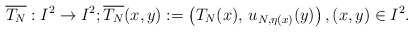
\begin{align*} \overline{T_N}: I^2 \rightarrow I^2; \overline{T_N}(x,y) := \left( T_N(x), \,u_{N,\eta(x)}(y) \right), (x, y) \in I^2.\end{align*}